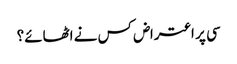
سی پر اعتراض کس نے اٹھائے؟